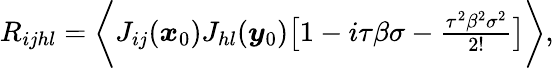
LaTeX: \begin{array}{r}{R_{ijhl}=\bigg\langle J_{ij}(\boldsymbol{x}_{0})J_{hl}(\boldsymbol{y}_{0})\big[1-i\tau\beta\sigma-\frac{\tau^{2}\beta^{2}\sigma^{2}}{2!}\big]\bigg\rangle,}\end{array}